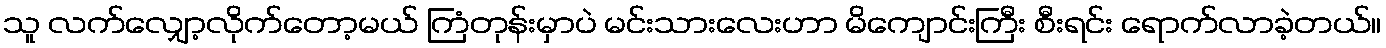
သူ လက်လျှော့လိုက်တော့မယ် ကြံတုန်းမှာပဲ မင်းသားလေးဟာ မိကျောင်းကြီး စီးရင်း ရောက်လာခဲ့တယ်။